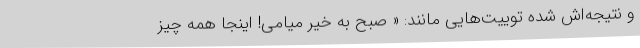
و نتیجه‌اش شده توییت‌هایی مانند: « صبح به خیر میامی! اینجا همه چیز